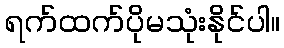
ရက်ထက်ပိုမသုံးနိုင်ပါ။